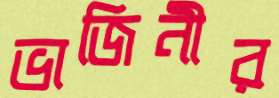
ভাজিনীর